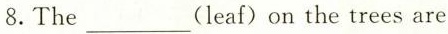
8.The___(leaf)on the trees are